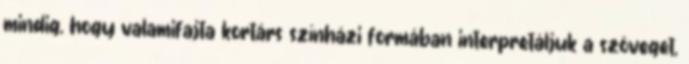
mindig, hogy valamifajta kortárs színházi formában interpretáljuk a szöveget,